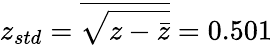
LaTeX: z_{std}=\overline{{\sqrt{z-\bar{z}}}}=0.501